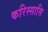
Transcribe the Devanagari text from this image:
करिस्सासि